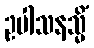
ဥပါသနသ္မိံ